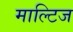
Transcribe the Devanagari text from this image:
माल्टिज